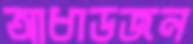
আধাডজন